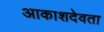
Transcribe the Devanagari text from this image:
आकाशदेवता